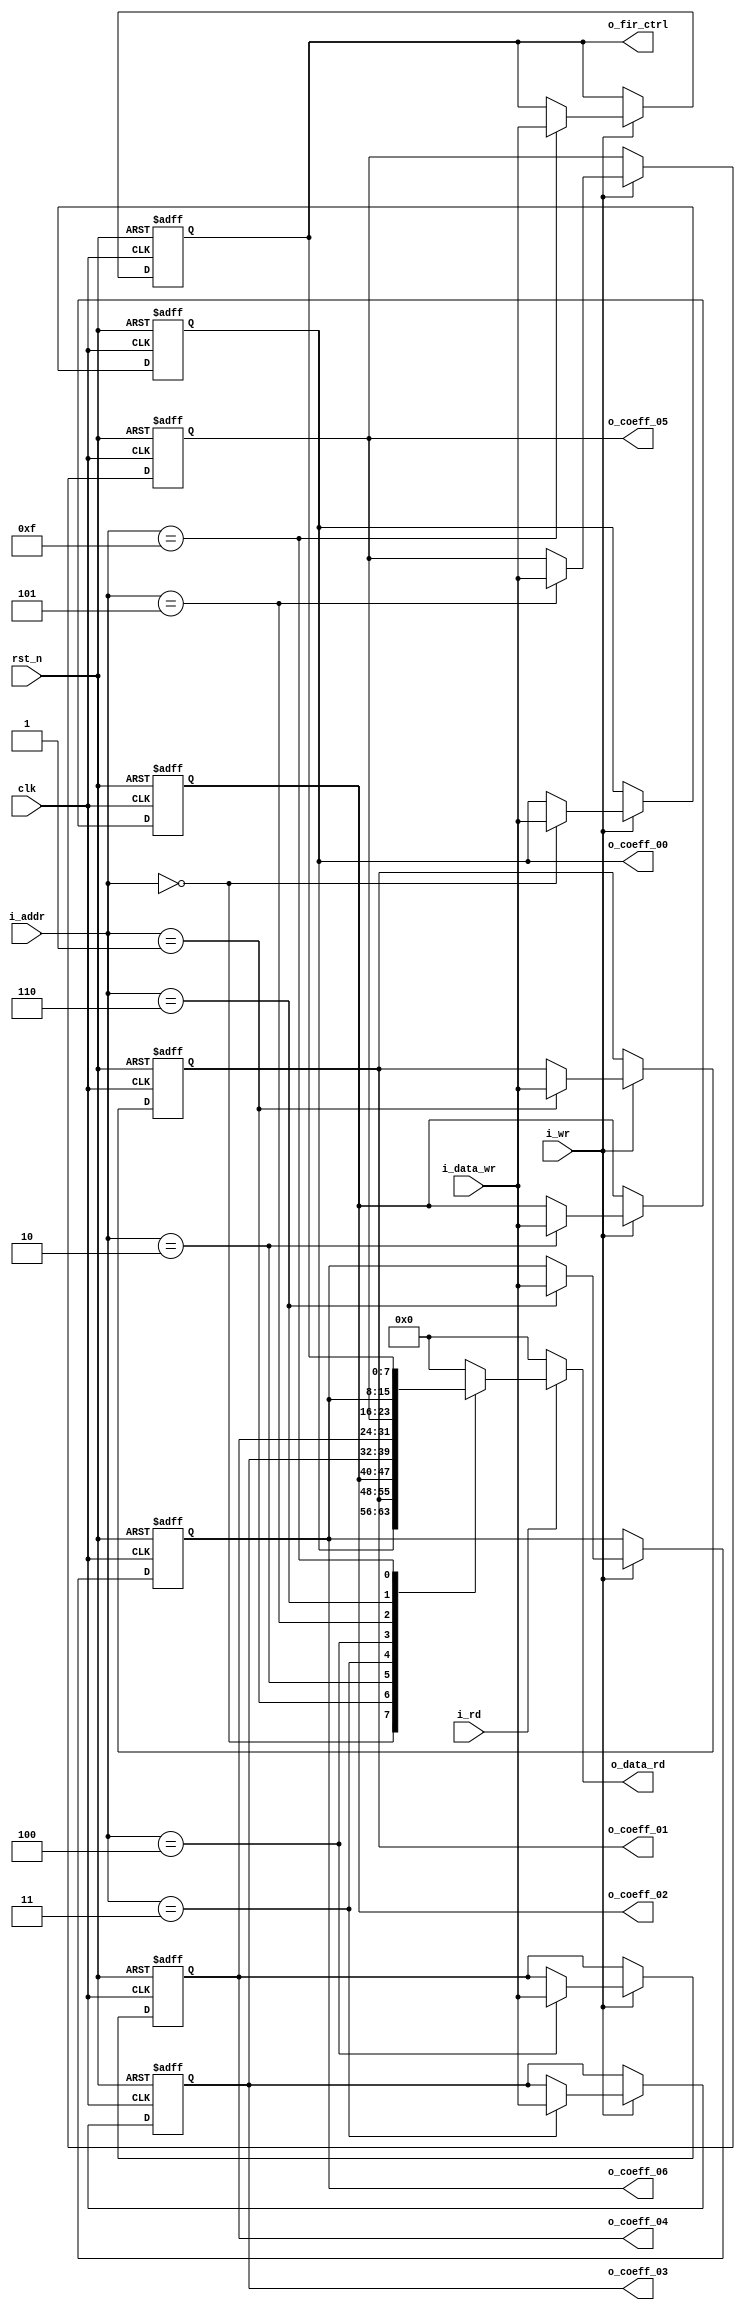
// This program was cloned from: https://github.com/ic7x24/verilog-mini-demo
// License: MIT License

// ================================================================ 
// Verilog Mini Demo Project 
//  
// Licensed under the MIT License.
// 
// github  : https://github.com/ic7x24/verilog-mini-demo 
// ================================================================

module mini_fir_ctrl (    
    input        clk,
    input        rst_n,
    input  [3:0] i_addr,
    input  [7:0] i_data_wr,
    input        i_wr,
    input        i_rd,
    output     [7:0] o_data_rd,
    output reg [7:0] o_fir_ctrl,
    output reg [7:0] o_coeff_00,
    output reg [7:0] o_coeff_01,
    output reg [7:0] o_coeff_02,
    output reg [7:0] o_coeff_03,
    output reg [7:0] o_coeff_04,
    output reg [7:0] o_coeff_05,
    output reg [7:0] o_coeff_06
);

localparam COEFF_00_ID = 4'h0;
localparam COEFF_01_ID = 4'h1;
localparam COEFF_02_ID = 4'h2;
localparam COEFF_03_ID = 4'h3;
localparam COEFF_04_ID = 4'h4;
localparam COEFF_05_ID = 4'h5;
localparam COEFF_06_ID = 4'h6;

localparam FIR_CTRL_ID = 4'hf;

always @(posedge clk or negedge rst_n) begin
    if(~rst_n) begin        
        o_coeff_00 <= 8'h00;
        o_coeff_01 <= 8'h00;
        o_coeff_02 <= 8'h00;
        o_coeff_03 <= 8'h00;
        o_coeff_04 <= 8'h00;
        o_coeff_05 <= 8'h00;
        o_coeff_06 <= 8'h00;
        o_fir_ctrl <= 8'h00;
    end
    else if(i_wr) begin
        case(i_addr[3:0])            
            COEFF_00_ID: o_coeff_00 <= i_data_wr; 
            COEFF_01_ID: o_coeff_01 <= i_data_wr; 
            COEFF_02_ID: o_coeff_02 <= i_data_wr; 
            COEFF_03_ID: o_coeff_03 <= i_data_wr; 
            COEFF_04_ID: o_coeff_04 <= i_data_wr; 
            COEFF_05_ID: o_coeff_05 <= i_data_wr; 
            COEFF_06_ID: o_coeff_06 <= i_data_wr; 
            FIR_CTRL_ID: o_fir_ctrl <= i_data_wr; 
            default ;
        endcase
    end
end

reg [7:0] reg_out_mux;
always @* begin
    case(i_addr[3:0])            
        COEFF_00_ID: reg_out_mux = o_coeff_00; 
        COEFF_01_ID: reg_out_mux = o_coeff_01; 
        COEFF_02_ID: reg_out_mux = o_coeff_02; 
        COEFF_03_ID: reg_out_mux = o_coeff_03; 
        COEFF_04_ID: reg_out_mux = o_coeff_04; 
        COEFF_05_ID: reg_out_mux = o_coeff_05; 
        COEFF_06_ID: reg_out_mux = o_coeff_06; 
        FIR_CTRL_ID: reg_out_mux = o_fir_ctrl;    
            default: reg_out_mux = 8'd0;     
    endcase
end

assign o_data_rd = i_rd ? reg_out_mux : 8'd0;


endmodule